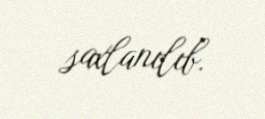
saxlanılıb.